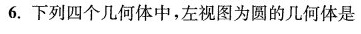
6.下列四个几何体中，左视图为圆的几何体是